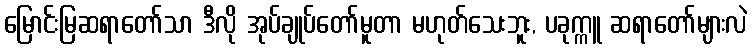
မြောင်းမြဆရာတော်သာ ဒီလို အုပ်ချုပ်တော်မူတာ မဟုတ်သေးဘူး, ပခုက္ကူ ဆရာတော်များလဲ